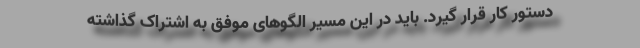
دستور کار قرار گیرد. باید در این مسیر الگوهای موفق به اشتراک گذاشته